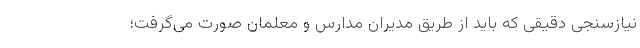
نیازسنجی دقیقی که باید از طریق مدیران مدارس و معلمان صورت می‌گرفت؛